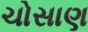
ચોસાણ